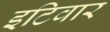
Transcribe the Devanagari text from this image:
इटिवार